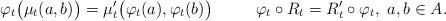
LaTeX: \begin{align*}\varphi_t \big( \mu_t (a, b) \big) = \mu_t' \big( \varphi_t (a), \varphi_t(b) \big) ~~~~ ~~~~ \varphi_t \circ R_t = R_t' \circ \varphi_t, ~ a, b \in A.\end{align*}